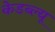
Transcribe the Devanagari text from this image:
केडब्ल्यू